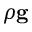
\rho \mathbf { g }